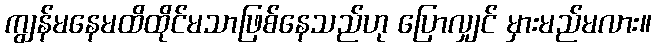
ကျွန်မနေမထိထိုင်မသာဖြစ်နေသည်ဟု ပြောလျှင် မှားမည်မလား။